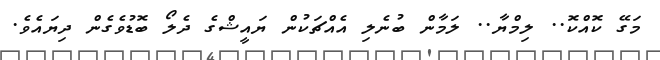
މަގޭ ކޮއްކޮ.. ލިމްޔާ.. ލަމާން ބުނެލި އެއްޗަކުން ޔައީޝްގެ ދެލޯ ބޮޑުވެގެން ދިޔައެވެ.